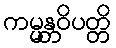
ကမ္မန္တဝိပတ္တိ